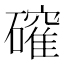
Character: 𮁎